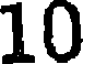
10